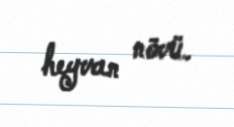
heyvan növü.